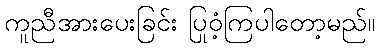
ကူညီအားပေးခြင်း ပြုဝံ့ကြပါတော့မည်။